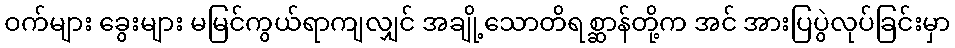
ဝက်များ ခွေးများ မမြင်ကွယ်ရာကျလျှင် အချို့သောတိရစ္ဆာန်တို့က အင် အားပြပွဲလုပ်ခြင်းမှာ